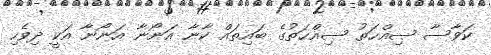
ކަވާސާ ޞިއްޙަތު ޞިއްޙަތުގެ ބައިތައް ކާނާ އަނޯނާ އަނޯނާ އަކީ ދިވެހި